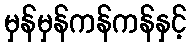
မှန်မှန်ကန်ကန်နှင့်